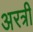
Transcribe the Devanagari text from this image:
अरत्री